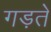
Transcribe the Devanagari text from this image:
गड़ते